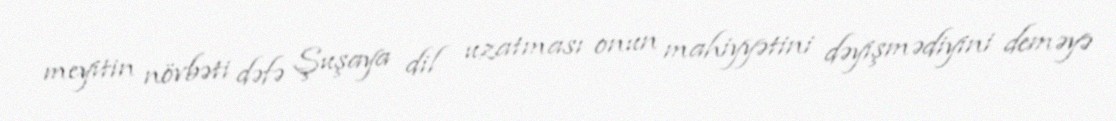
meyitin növbəti dəfə Şuşaya dil uzatması onun mahiyyətini dəyişmədiyini deməyə